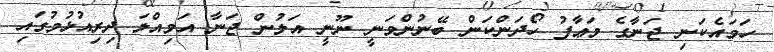
ހަމައެކަނި ޖަނާގެ މަޢާފު ހޯދަންކަން ބޭނުންވަނީ ނޫނީ އަލުން ޖަނާ އަމިއްލަ ދިރިއުޅުމުގައި